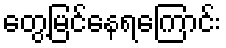
တွေ့မြင်နေရကြောင်း